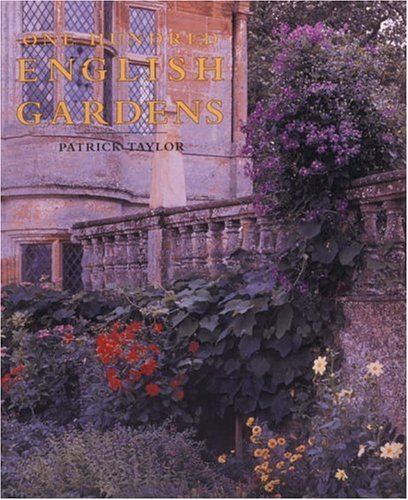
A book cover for One Hundred English Gardens: The Best of the English Heritage Parks and Gardens; Patrick Taylor; Crafts, Hobbies & Home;